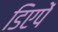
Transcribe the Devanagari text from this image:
डिएपें